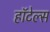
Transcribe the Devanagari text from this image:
हाॅटेल्स